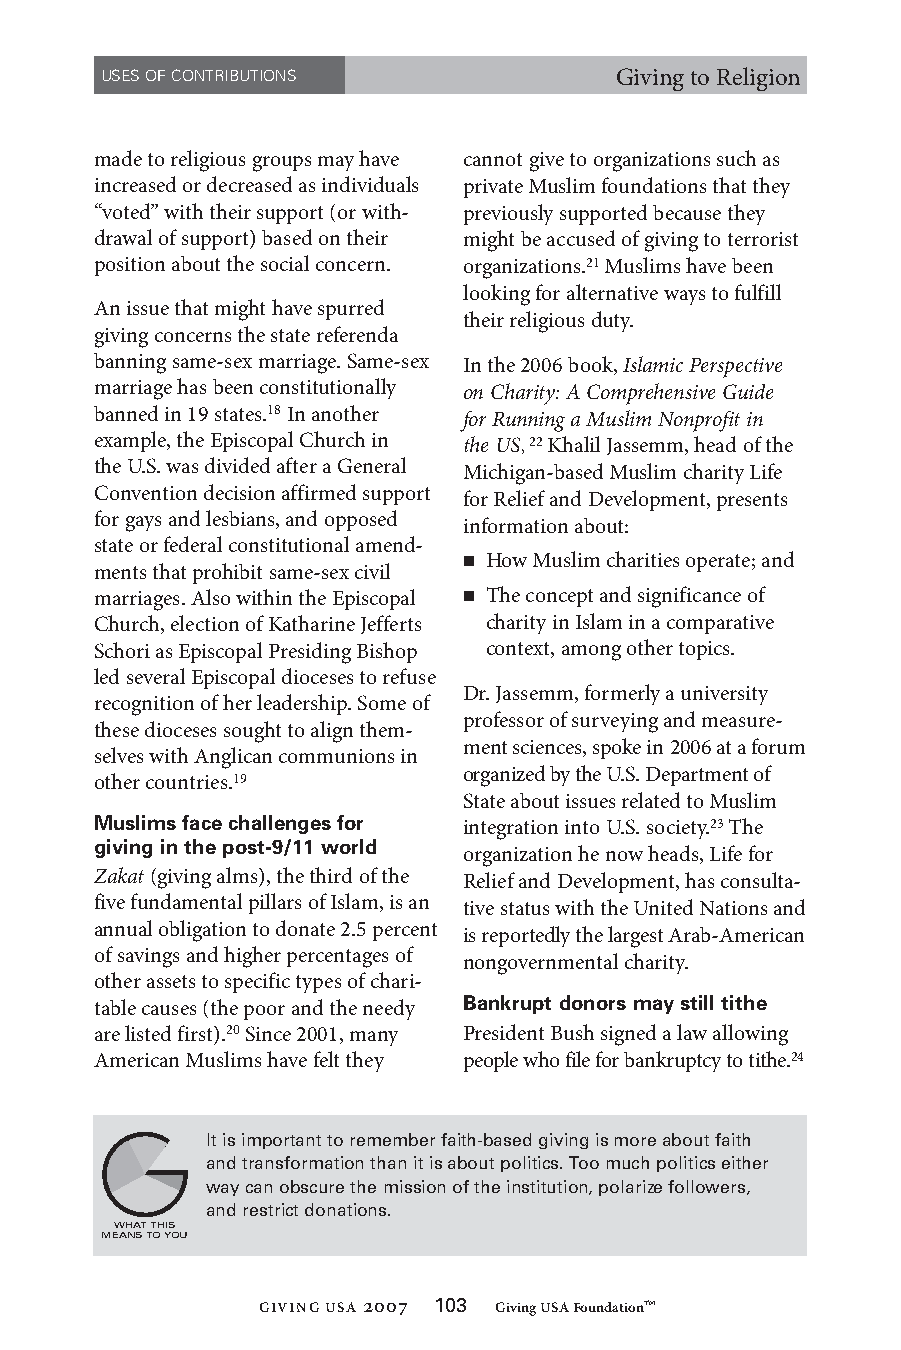
USES OF CONTRIBUTIONS             Giving to Religion
 made to religious groups may have cannot give to organizations such as
 increased or decreased as individuals private Muslim foundations that they
 “voted” with their support (or with- previously supported because they
 drawal of support) based on their might be accused of giving to terrorist
 position about the social concern. organizations.21 Muslims have been
 looking for alternative ways to fulfill
 An issue that might have spurred
 their religious duty.
 giving concerns the state referenda
 banning same-sex marriage. Same-sex In the 2006 book, Islamic Perspective
 marriage has been constitutionally on Charity: A Comprehensive Guide
 banned in 19 states.18 In another for Running a Muslim Nonprofit in
 example, the Episcopal Church in the US, 22 Khalil Jassemm, head of the
 the U.S. was divided after a General Michigan-based Muslim charity Life
 Convention decision affirmed support
 for Relief and Development, presents
 for gays and lesbians, and opposed
 information about:
 state or federal constitutional amend-
  How Muslim charities operate; and
 ments that prohibit same-sex civil
 marriages. Also within the Episcopal  The concept and significance of
 Church, election of Katharine Jefferts charity in Islam in a comparative
 Schori as Episcopal Presiding Bishop context, among other topics.
 led several Episcopal dioceses to refuse
 Dr. Jassemm, formerly a university
 recognition of her leadership. Some of
 professor of surveying and measure-
 these dioceses sought to align them-
 ment sciences, spoke in 2006 at a forum
 selves with Anglican communions in
 organized by the U.S. Department of
 other countries.19
 State about issues related to Muslim
 Muslims face challenges for integration into U.S. society.23 The
 giving in the post-9/11 world
 organization he now heads, Life for
 Zakat (giving alms), the third of the Relief and Development, has consulta-
 five fundamental pillars of Islam, is an tive status with the United Nations and
 annual obligation to donate 2.5 percent
 is reportedly the largest Arab-American
 of savings and higher percentages of
 nongovernmental charity.
 other assets to specific types of chari-
 table causes (the poor and the needy Bankrupt donors may still tithe
 are listed first).20 Since 2001, many President Bush signed a law allowing
 American Muslims have felt they people who file for bankruptcy to tithe.24
 It s mportant to remember fath-based gvng s more about fath
 and transformaton than t s about poltcs. Too much poltcs ether
 way can obscure the msson of the nsttuton, polarze followers,
 and restrct donatons.
 WHAT THIS
 MEANS TO YOU
 GIVING USA 2007 1 0 3 Giving USA Foundation™